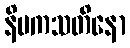
နိပကသတိနော